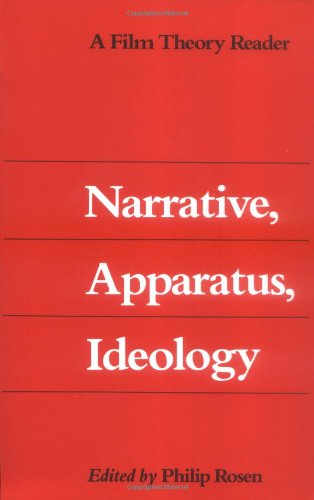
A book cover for Narrative, Apparatus, Ideology; Philip Rosen; Humor & Entertainment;